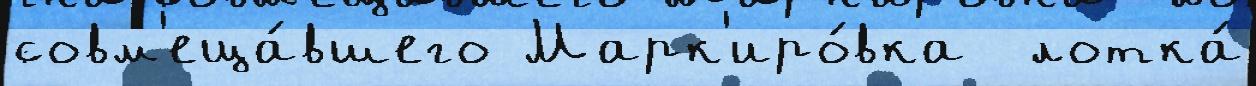
совм'еща́вшего Марк'иро́вка  лотка́